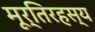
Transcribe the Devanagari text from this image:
मूर्तिरहस्य